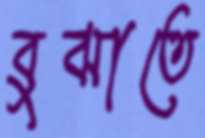
বুঝাতে